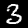
Label: 3